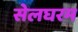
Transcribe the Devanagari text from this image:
सेलघरम